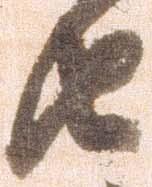
由